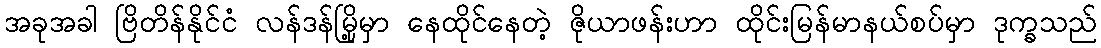
အခုအခါ ဗြိတိန်နိုင်ငံ လန်ဒန်မြို့မှာ နေထိုင်နေတဲ့ ဇိုယာဖန်းဟာ ထိုင်းမြန်မာနယ်စပ်မှာ ဒုက္ခသည်